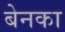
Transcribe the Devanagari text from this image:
बेनका